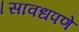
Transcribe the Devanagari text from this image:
।सावधपणे